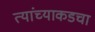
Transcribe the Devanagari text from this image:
त्यांच्याकडचा